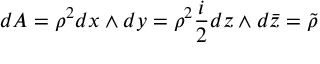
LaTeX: d A = \rho ^ { 2 } d x \wedge d y = \rho ^ { 2 } \frac { i } { 2 } d z \wedge d \bar { z } = \tilde { \rho }